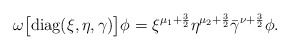
\begin{align*}\omega\big[\textrm{diag}(\xi,\eta,\gamma)\big]\phi= \xi^{\mu_1+\frac{3}{2}}\eta^{\mu_2+\frac{3}{2}}\bar{\gamma}^{\nu+\frac{3}{2}}\phi.\end{align*}